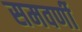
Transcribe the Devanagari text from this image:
समवर्णी